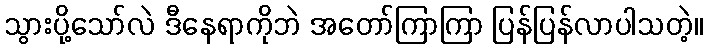
သွားပို့သော်လဲ ဒီနေရာကိုဘဲ အတော်ကြာကြာ ပြန်ပြန်လာပါသတဲ့။